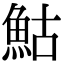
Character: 鮕